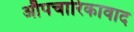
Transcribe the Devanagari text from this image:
औपचारिकावाद